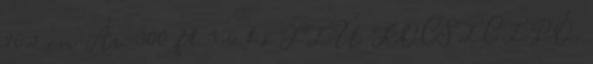
10,5 cm Ár: 300 ft 3-6 hó FIÚ KOCSICIPŐ,